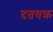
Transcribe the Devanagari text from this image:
दतवक्र